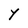
Character: Y